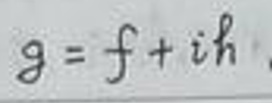
\[
g = f + ih
\]